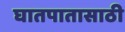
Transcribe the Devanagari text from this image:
घातपातासाठी